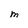
Character: m